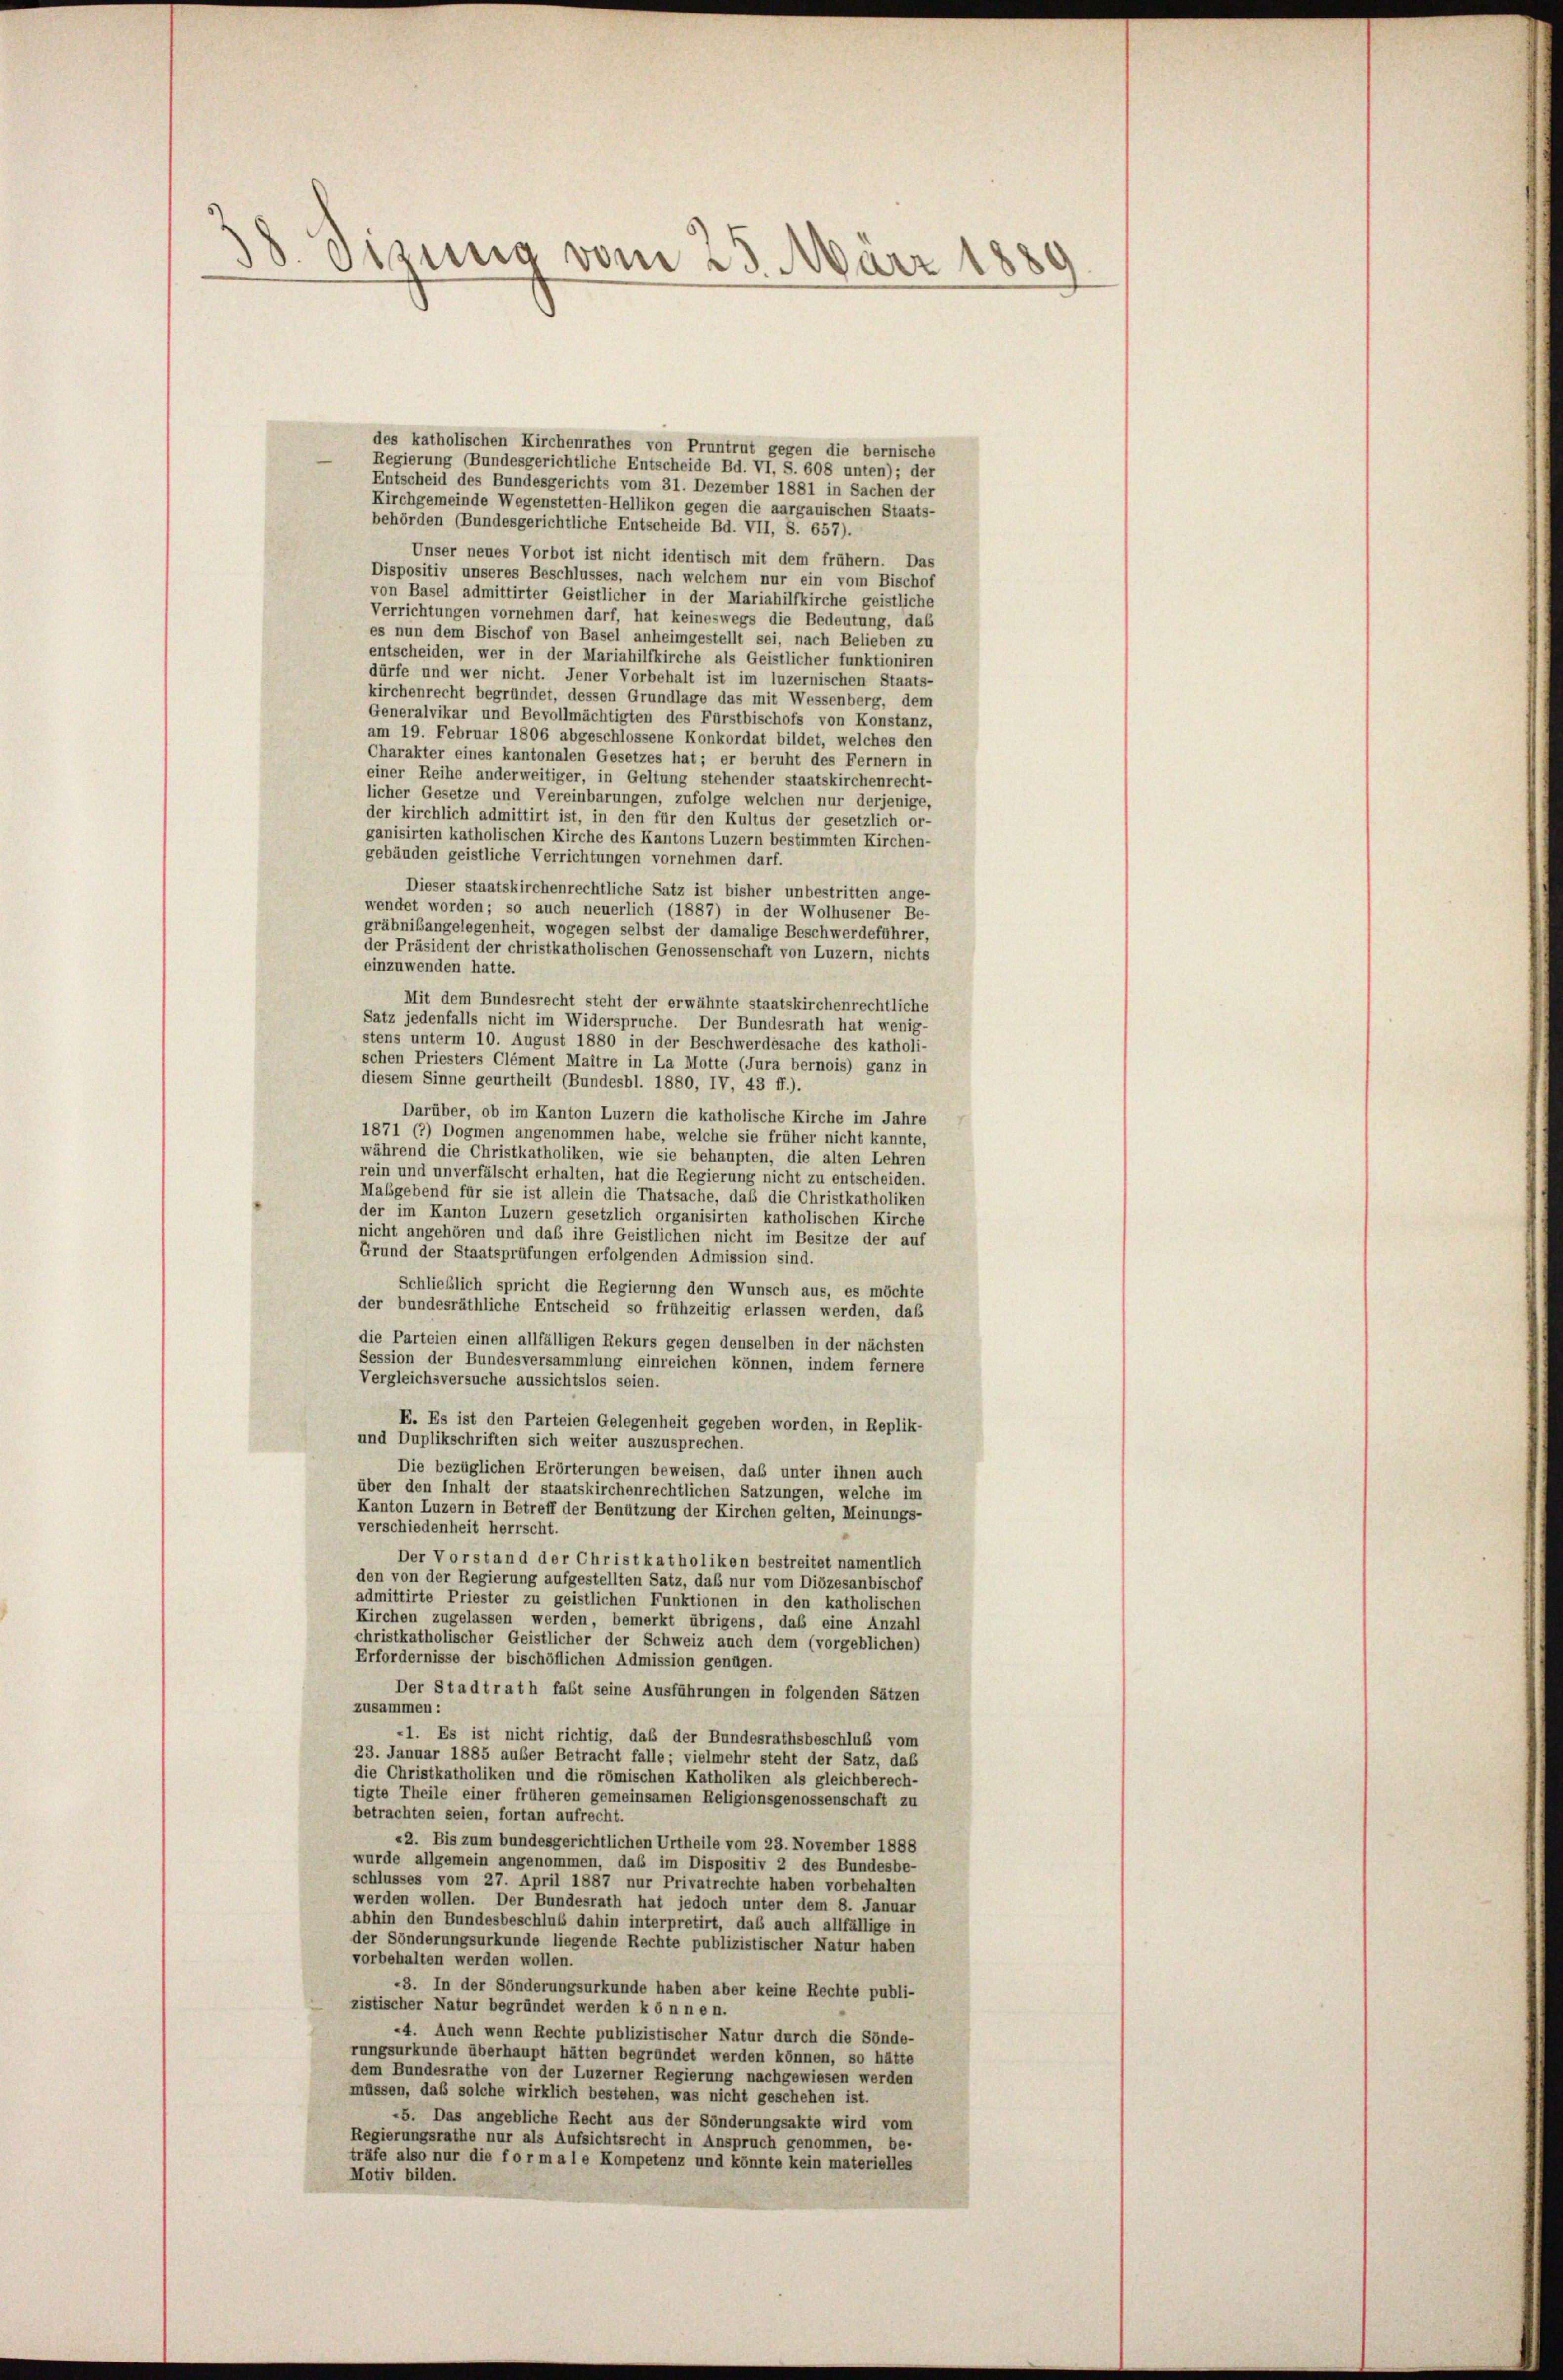
38. Sizung vom 25. Marz

des katholischen Kirchenrathes von Pruntrut gegen die bernische
Regierung (Bundesgerichtliche Entscheide Bd. VI, S. 608 unten); der
Entscheid des Bundesgerichts vom 31. Dezember 1881 in Sachen der
Kirchgemeinde Wegenstetten-Hellikon gegen die aargauischen Staats-
behörden (Bundesgerichtliche Entscheide Bd. VII, S. 657).
Unser neues Vorbot ist nicht identisch mit dem frühem. Das
Dispositiv unseres Beschlusses, nach welchem nur ein vom Bischof
von Basel admittirter Geistlicher in der Mariahilfkirche geistliche
Verrichtungen vornehmen darf, hat keineswegs die Bedeutung, daß
es nun dem Bischof von Basel anheimgestellt sei, nach Belieben zu
entscheiden, wer in der Mariahilfkirche als Geistlicher funktioniren
dürfe und wer nicht. Jener Vorbehalt ist im luzernischen Staats-
kirchenrecht begründet, dessen Grundlage das mit Wessenberg, dem
Generalvikar und Bevollmächtigten des Fürstbischofs von Konstanz,
am 19. Februar 1806 abgeschlossene Konkordat bildet, welches den
Charakter eines kantonalen Gesetzes hat; er beruht des Fernern in
einer Reihe anderweitiger, in Geltung stehender staatskirchenrecht-
licher Gesetze und Vereinbarungen, zufolge welchen nur derjenige,
der kirchlich admittirt ist, in den für den Kultus der gesetzlich or-
ganisirten katholischen Kirche des Kantons Luzern bestimmten Kirchen-
gebäuden geistliche Verrichtungen vornehmen darf.
Dieser staatskirchenrechtliche Satz ist bisher unbestritten ange-
wendet worden; so auch neuerlich (1887) in der Wolhusener Be-
gräbnibangelegenheit, wogegen selbst der damalige Beschwerdeführer
der Präsident der christkatholischen Genossenschaft von Luzern, nichts
einzuwenden hatte.
Mit dem Bundesrecht steht der erwähnte staatskirchenrechtliche
Satz jedenfalls nicht im Widerspruche. Der Bundesrath hat wenig-
stens unterm 10. August 1880 in der Beschwerdesache des katholi-
schen Priesters Clément Maitre in La Motte (Jura bernois) ganz in
diesem Sinne geurtheilt (Bundesbl. 1880, IV, 43 ff.).
Darüber, ob im Kanton Luzern die katholische Kirche im Jahre
1871 (2) Dogmen angenommen habe, welche sie früher nicht kannte,
während die Christkatholiken, wie sie behaupten, die alten Lehren
rein und unverfälscht erhalten, hat die Regierung nicht zu entscheiden.
Mabgebend für sie ist allein die Thatsache, daß die Christkatholiken
der im Kanton Luzern gesetzlich organisirten katholischen Kirche
nicht angehören und das ihre Geistlichen nicht im Besitze der auf
Grund der Staatsprüfungen erfolgenden Admission sind.
Schließlich spricht die Regierung den Wunsch aus, es möchte
der bundesräthliche Entscheid so frühzeitig erlassen werden, daß
die Parteien einen allfälligen Rekurs gegen denselben in der nächsten
Session der Bundesversammlung einreichen können, indem fernere
Vergleichsversuche aussichtslos seien.
E. Es ist den Parteien Gelegenheit gegeben worden, in Replik-
und Duplikschriften sich weiter auszusprechen.
Die bezüglichen Erörterungen beweisen, daß unter ihnen auch
über den Inhalt der staatskirchenrechtlichen Satzungen, welche im
Kanton Luzern in Betreff der Benützung der Kirchen gelten, Meinungs-
verschiedenheit herrscht.
Der Vorstand der Christkatholiken bestreitet namentlich
den von der Regierung aufgestellten Satz, daß nur vom Diözesanbischof
admittirte Priester zu geistlichen Funktionen in den katholischen
Kirchen zugelassen werden, bemerkt übrigens, daß eine Anzahl
christkatholischer Geistlicher der Schweiz auch dem (vorgeblichen)
Erfordernisse der bischöflichen Admission genügen.
Der Stadtrath fast seine Ausführungen in folgenden Sätzen
zusammen:
-1. Es ist nicht richtig, daß der Bundesrathsbeschluß vom
23. Januar 1885 außer Betracht falle; vielmehr steht der Satz, das
die Christkatholiken und die römischen Katholiken als gleichberech-
tigte Theile einer früheren gemeinsamen Religionsgenossenschaft zu
betrachten seien, fortan aufrecht.
«2. Bis zum bundesgerichtlichen Urtheile vom 23. November 1888
wurde allgemein angenommen, daß im Dispositiv 2 des Bundesbe-
schlusses vom 27. April 1887 nur Privatrechte haben vorbehalten
werden wollen. Der Bundesrath hat jedoch unter dem 8. Januar
abhin den Bundesbeschluß dahin interpretirt, das auch allfällige in
der Sönderungsurkunde liegende Rechte publizistischer Natur haben
vorbehalten werden wollen.
3. In der Sönderungsurkunde haben aber keine Rechte publi-
zistischer Natur begründet werden können.
4. Auch wenn Rechte publizistischer Natur durch die Sönde-
rungsurkunde überhaupt hätten begründet werden können, so hätte
dem Bundesrathe von der Luzerner Regierung nachgewiesen werden
müssen, daß solche wirklich bestehen, was nicht geschehen ist.
5. Das angebliche Recht aus der Sönderungsakte wird vom
Regierungsrathe nur als Aufsichtsrecht in Anspruch genommen, be-
träfe also nur die formale Kompetenz und könnte kein materielles
Motiv bilden.